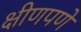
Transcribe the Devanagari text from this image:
क्षीणपणे